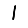
Digit: 1